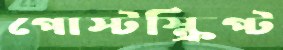
পোস্টস্ক্রিপ্ট